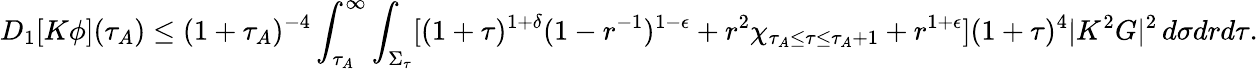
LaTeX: D_{1}[K\phi](\tau_{A})\leq(1+\tau_{A})^{-4}\int_{\tau_{A}}^{\infty}\int_{\Sigma_{\tau}}[(1+\tau)^{1+\delta}(1-r^{-1})^{1-\epsilon}+r^{2}\chi_{\tau_{A}\leq\tau\leq\tau_{A}+1}+r^{1+\epsilon}](1+\tau)^{4}|K^{2}G|^{2}\, d\sigma drd\tau.